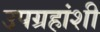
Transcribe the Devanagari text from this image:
उपग्रहांशी